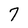
Character: 7